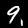
Label: 9